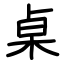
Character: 桌